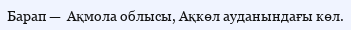
Барап —  Ақмола облысы, Ақкөл ауданындағы көл.